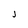
Character: J